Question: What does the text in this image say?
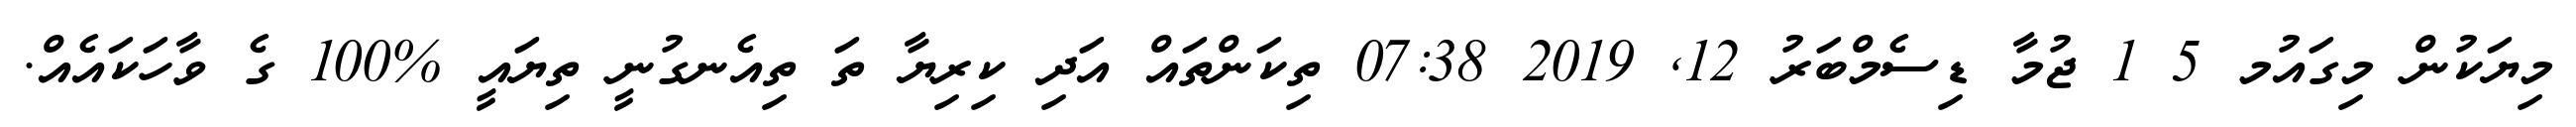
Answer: މިޔަކުން މިގައުމ 5 1 ޖުމާ ޑިސެމްބަރު 12, 2019 07:38 ތިކަންތައް އަދި ކިރިޔާ ތަ ތިއެނގުނީ ތިޔައީ %100 ގެ ވާހަކައެއް.